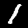
Digit: 1